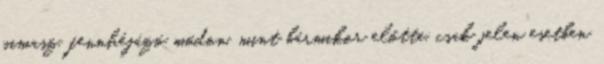
pimasz, fennhéjázó módon, mint bármikor előtte, csak jelen esetben